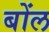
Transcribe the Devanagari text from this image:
बोंल